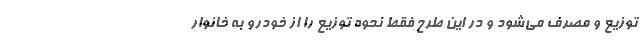
توزیع و مصرف می‌شود و در این طرح فقط نحوه توزیع را از خودرو به خانوار